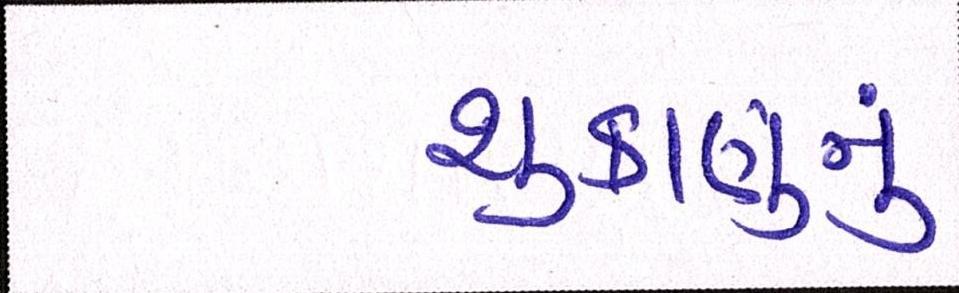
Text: શુક્રાણુનું